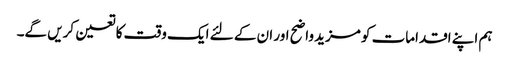
ہم اپنے اقدامات کو مزید واضح اور ان کے لئے ایک وقت کا تعین کریں گے۔